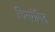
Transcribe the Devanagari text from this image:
चिरपोषित